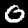
Label: 0